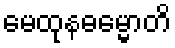
မေထုနဓမ္မောတိ